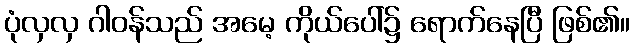
ပုံလှလှ ဂါဝန်သည် အမေ့ ကိုယ်ပေါ်၌ ရောက်နေပြီ ဖြစ်၏။